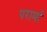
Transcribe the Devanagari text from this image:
परार्मा